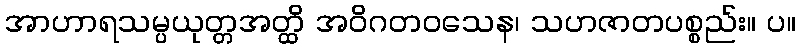
အာဟာရသမ္ပယုတ္တအတ္ထိ အဝိဂတဝသေန၊ သဟဇာတပစ္စည်း။ ပ။